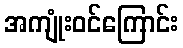
အကျုံးဝင်ကြောင်း